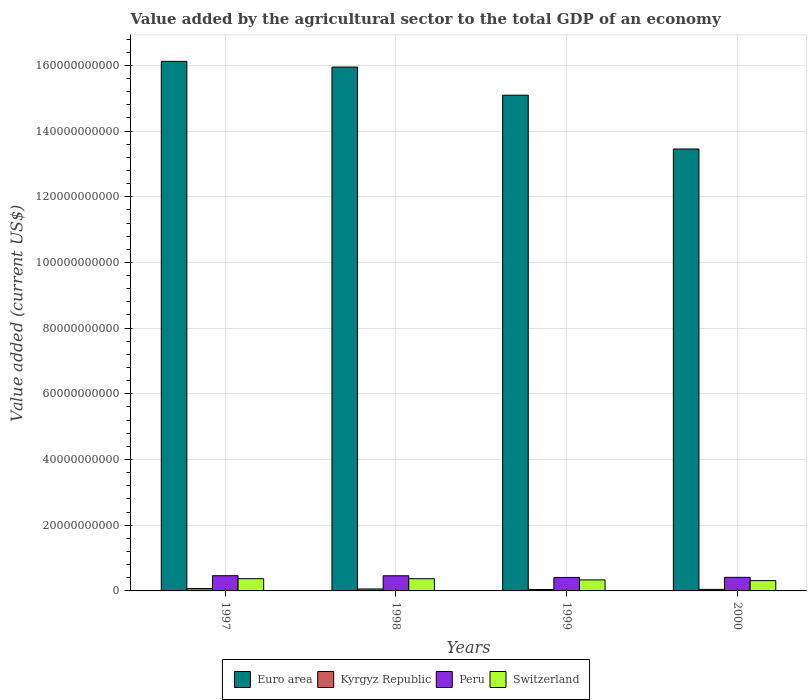
| Years | Euro area | Kyrgyz Republic | Peru | Switzerland |
 | --- | --- | --- | --- | --- |
 | 1997 | 1.61e+11 | 7.28e+08 | 4.63e+09 | 3.73e+09 |
 | 1998 | 1.59e+11 | 5.93e+08 | 4.61e+09 | 3.71e+09 |
 | 1999 | 1.51e+11 | 4.36e+08 | 4.11e+09 | 3.36e+09 |
 | 2000 | 1.35e+11 | 4.68e+08 | 4.14e+09 | 3.14e+09 |